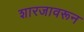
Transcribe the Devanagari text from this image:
शारजावरून